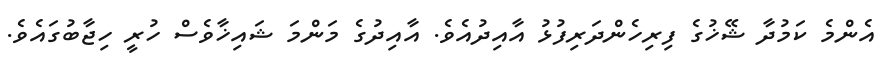
އެންމެ ކަމުދާ ޝޭޚުގެ ފިރިހެންދަރިފުޅު އާއިދުއެވެ. އާއިދުގެ މަންމަ ޝައިޚާވެސް ހުރީ ހިޖާބުގައެވެ.